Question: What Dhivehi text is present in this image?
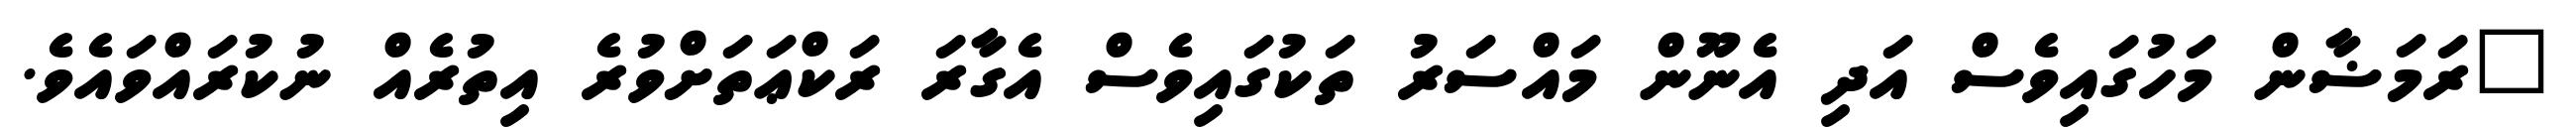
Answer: "ރަމަޟާން މަހުގައިވެސް އަދި އެނޫން މައްސަރު ތަކުގައިވެސް އެގާރަ ރަކްޢަތަށްވުރެ އިތުރެއް ނުކުރައްވައެވެ.